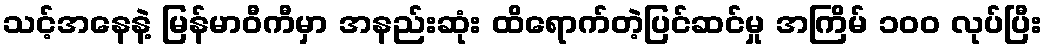
သင့်အနေနဲ့ မြန်မာဝီကီမှာ အနည်းဆုံး ထိရောက်တဲ့ပြင်ဆင်မှု အကြိမ် ၁၀၀ လုပ်ပြီး